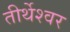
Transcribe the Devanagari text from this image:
तीर्थेश्वर